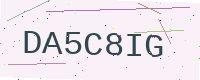
Text: DA5C8IG